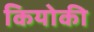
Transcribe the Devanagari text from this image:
कियोकी